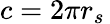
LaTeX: c=2\pi r_{s}\,